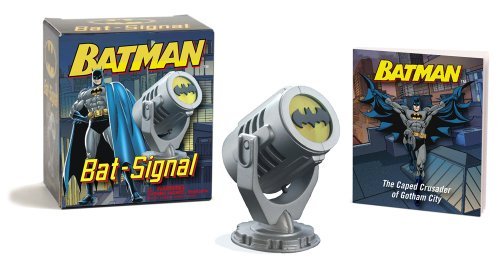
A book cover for Batman: Bat Signal (Mega Mini Kits); Danielle Selber; Humor & Entertainment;